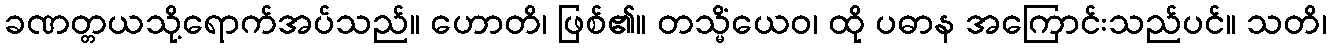
ခဏတ္တယသို့ရောက်အပ်သည်။ ဟောတိ၊ ဖြစ်၏။ တသ္မိံယေဝ၊ ထို ပဓာန အကြောင်းသည်ပင်။ သတိ၊